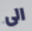
الى